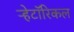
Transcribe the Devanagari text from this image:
ऱ्हेटॉरिकल